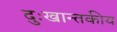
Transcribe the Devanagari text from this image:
दुःखान्तकीय